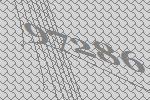
97286